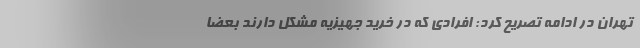
تهران در ادامه تصریح کرد: افرادی که در خرید جهیزیه مشکل دارند بعضا